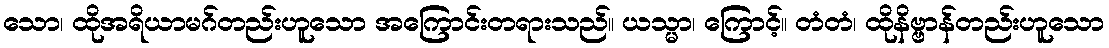
သော၊ ထိုအရိယာမဂ်တည်းဟူသော အကြောင်းတရားသည်။ ယသ္မာ၊ ကြောင့်။ တံတံ၊ ထိုနိဗ္ဗာန်တည်းဟူသော